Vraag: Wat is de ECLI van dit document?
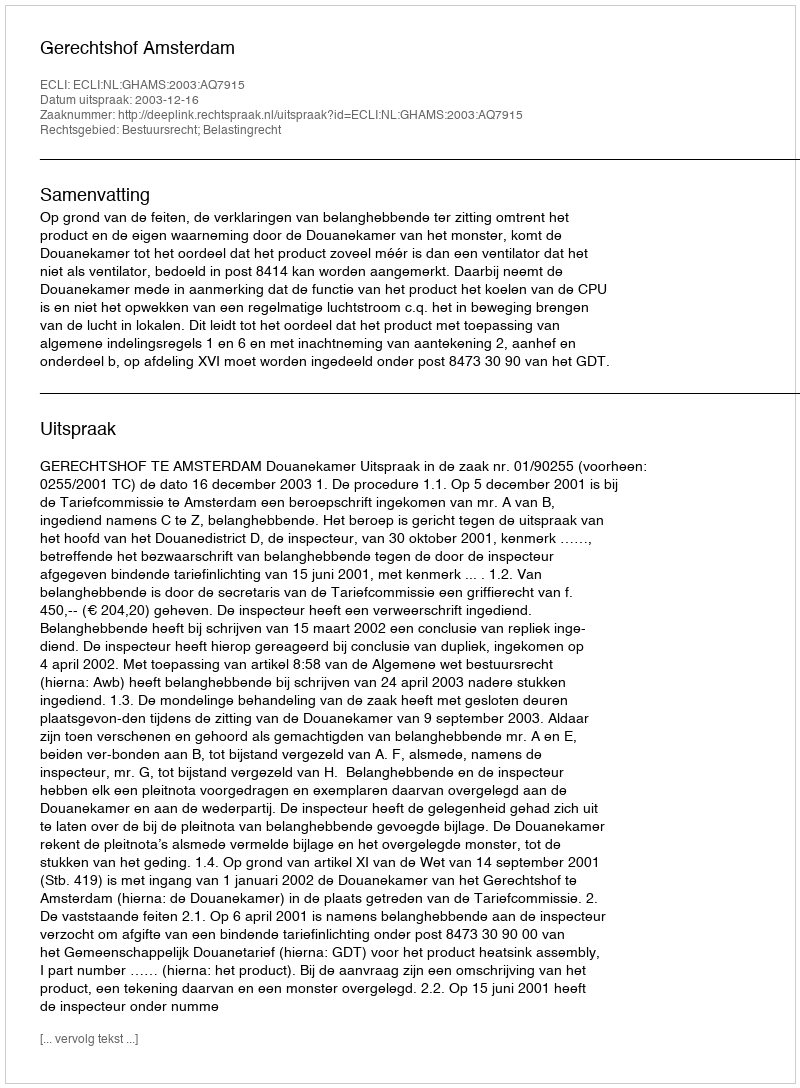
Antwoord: ECLI:NL:GHAMS:2003:AQ7915